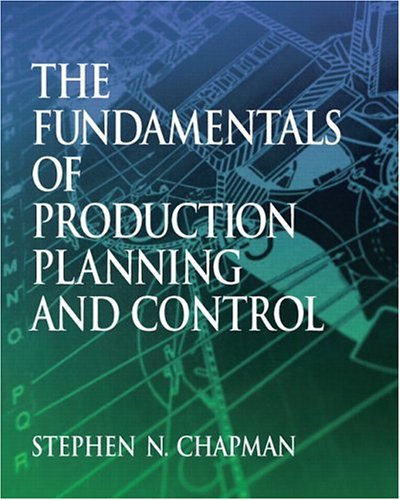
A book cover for The Fundamentals of Production Planning and Control; Stephen N. Chapman; Business & Money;